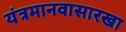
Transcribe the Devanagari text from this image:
यंत्रमानवासारखा